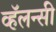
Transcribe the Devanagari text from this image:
व्हॅलन्सी